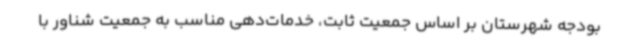
بودجه شهرستان بر اساس جمعیت ثابت، خدمات‌دهی مناسب به جمعیت شناور با